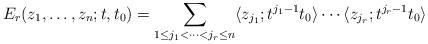
LaTeX: \begin{align*}E_r (z_1,\ldots ,z_n;t,t_0)=\sum_{1\leq j_1<\cdots < j_r\leq n} \langle z_{j_1} ; t^{j_1-1}t_0\rangle \cdots \langle z_{j_r} ; t^{j_r-1}t_0\rangle \end{align*}